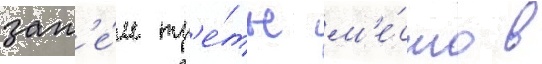
зат'е́м тр'е́тье м'е́сто в